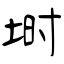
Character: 埘